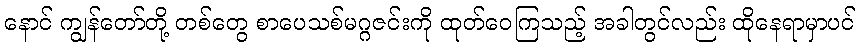
နောင် ကျွန်တော်တို့ တစ်တွေ စာပေသစ်မဂ္ဂဇင်းကို ထုတ်ဝေကြသည့် အခါတွင်လည်း ထိုနေရာမှာပင်